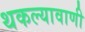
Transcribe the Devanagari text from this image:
थकल्यावाणी